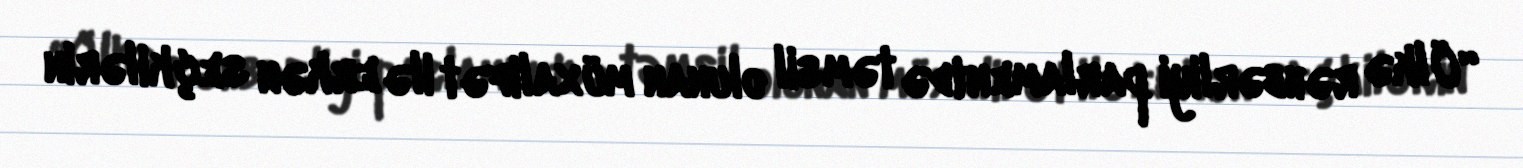
“Ölkə rəhbərliyi parlamentdə təmsil olunan müxalifət ilə erkən seçkilərin